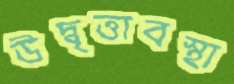
উদ্বৃত্তাবস্থা